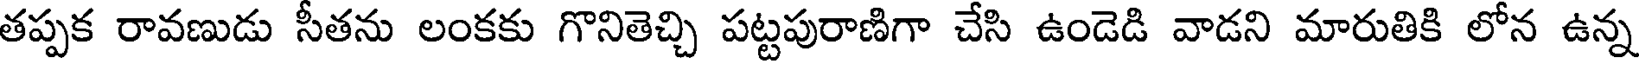
తప్పక రావణుడు సీతను లంకకు గొనితెచ్చి పట్టపురాణిగా చేసి ఉండెడి వాడని మారుతికి లోన ఉన్న